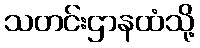
သတင်းဌာနထံသို့